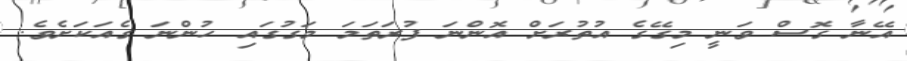
އޭނާ ގޮސް ވަނީ މިގޭގެ އުތުރަށް އޮންނަ ފުރަތަމަ މަގުގައި ހުންނަ ގެއަކަށެވެ.